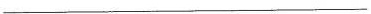
___